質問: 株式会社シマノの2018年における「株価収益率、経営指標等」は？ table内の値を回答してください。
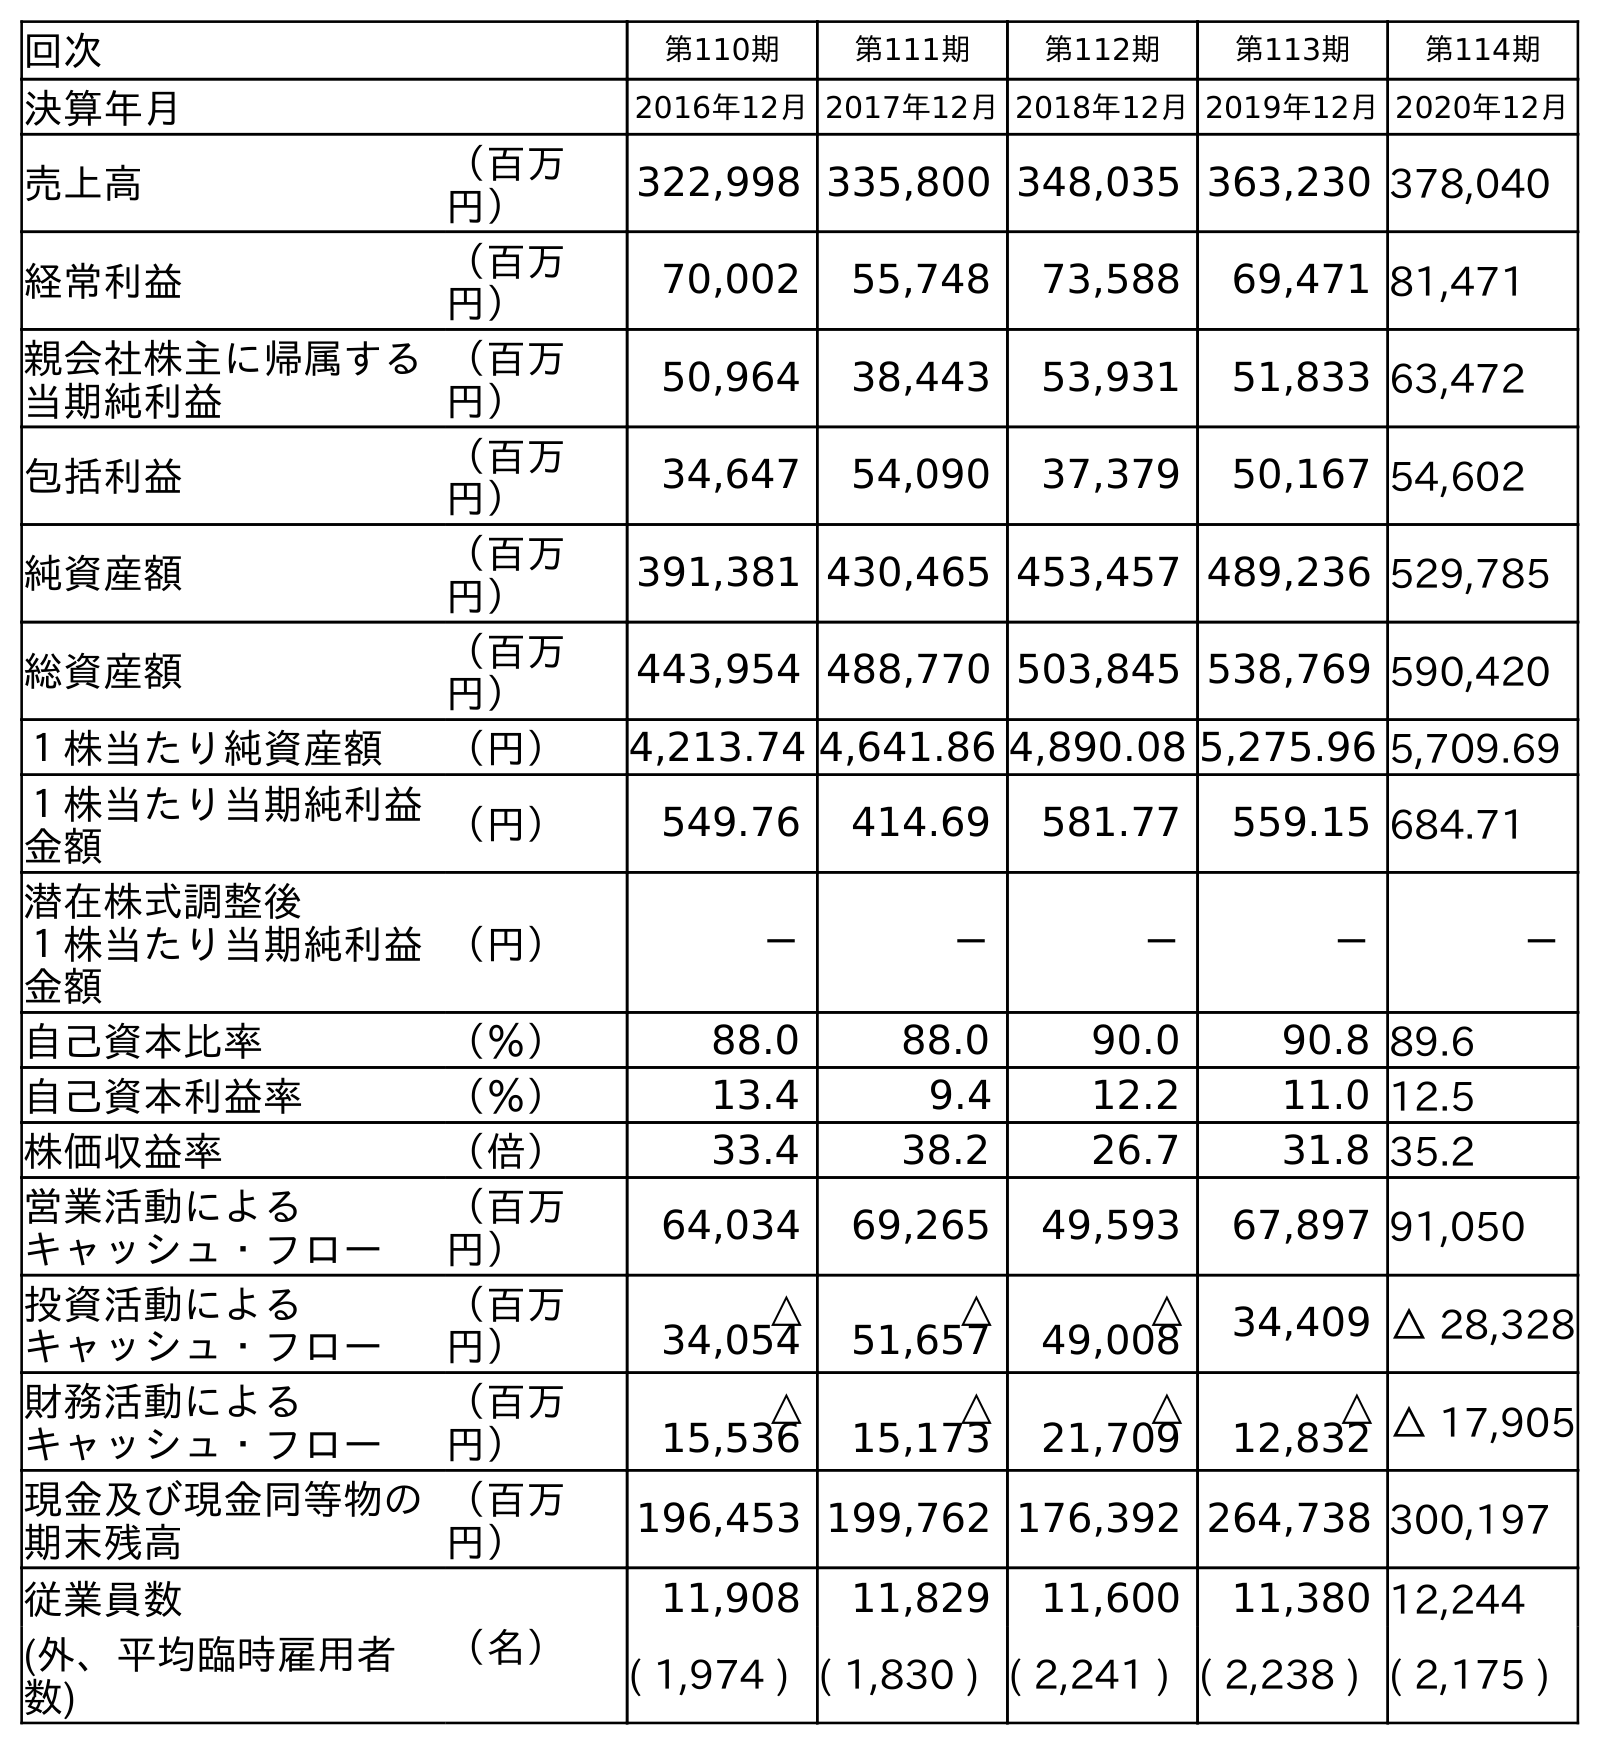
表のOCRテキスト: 回次 第110期 第111期 第112期 第113期 第114期 決算年月 2016年12月2017年12月2018年12月2019年12月2020年12月 売上高 （百万 円） 322,998 335,800 348,035 363,230 378,040 経常利益 （百万 円） 70,002 55,748 73,588 69,471 81,471 親会社株主に帰属する 当期純利益 （百万 円） 50,964 38,443 53,931 51,833 63,472 包括利益 （百万 円） 34,647 54,090 37,379 50,167 54,602 純資産額 （百万 円） 391,381 430,465 453,457 489,236 529,785 総資産額 （百万 円） 443,954 488,770 503,845 538,769 590,420 １株当たり純資産額 （円） 4,213.74 4,641.86 4,890.08 5,275.96 5,709.69 １株当たり当期純利益 金額 （円） 549.76 414.69 581.77 559.15 684.71 潜在株式調整後 １株当たり当期純利益 金額 （円） － － － － － 自己資本比率 （％） 88.0 88.0 90.0 90.8 89.6 自己資本利益率 （％） 13.4 9.4 12.2 11.0 12.5 株価収益率 （倍） 33.4 38.2 26.7 31.8 35.2 営業活動による キャッシュ・フロー （百万 円） 64,034 69,265 49,593 67,897 91,050 投資活動による キャッシュ・フロー （百万 円） △ 34,054 △ 51,657 △ 49,008 34,409 △ 28,328 財務活動による キャッシュ・フロー （百万 円） △ 15,536 △ 15,173 △ 21,709 △ 12,832 △ 17,905 現金及び現金同等物の 期末残高 （百万 円） 196,453 199,762 176,392 264,738 300,197 従業員数 （名） 11,908 11,829 11,600 11,380 12,244 (外、平均臨時雇用者 数) ( 1,974 ) ( 1,830 ) ( 2,241 ) ( 2,238 ) ( 2,175 )
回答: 26.7